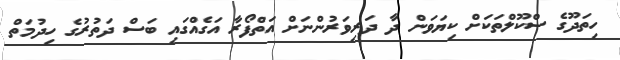
ހިތަދޫގެ ސްކޫލްތަކަށް ކިޔަވަން ދާ ދަރިވަރުންނަށް އަތްފޯރާ އަގެއްގައި ބަސް ދަތުރުގެ ހިދުމަތް